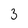
Character: 3